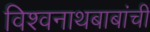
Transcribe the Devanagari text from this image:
विश्वनाथबाबांची